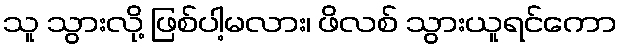
သူ သွားလို့ ဖြစ်ပါ့မလား၊ ဖိလစ် သွားယူရင်ကော